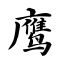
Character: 鹰